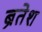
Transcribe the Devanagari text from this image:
ब्रेतेश